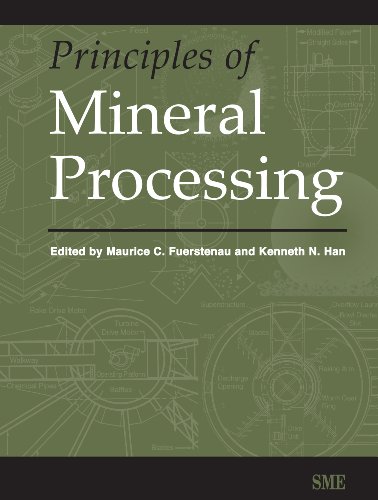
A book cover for Principles of Mineral Processing; Science & Math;